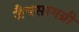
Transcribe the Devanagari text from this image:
जैवसामग्री